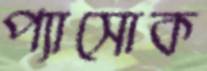
প্যাসোক